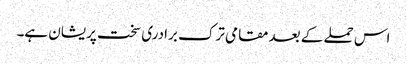
اس حملے کے بعد مقامی ترک برادری سخت پریشان ہے۔